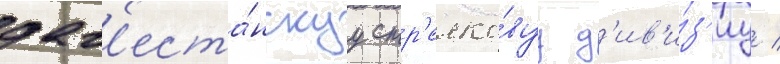
даг'еста́нскуу стр'елко́вуу д'ив'и́з'иу /